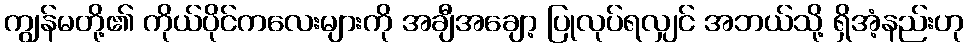
ကျွန်မတို့၏ ကိုယ်ပိုင်ကလေးများကို အချီအချော့ ပြုလုပ်ရလျှင် အဘယ်သို့ ရှိအံ့နည်းဟု